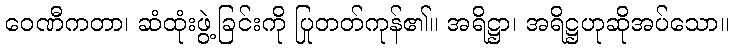
ဝေဏီကတာ၊ ဆံထုံးဖွဲ့ခြင်းကို ပြုတတ်ကုန်၏။ အရိဋ္ဌာ၊ အရိဋ္ဌဟုဆိုအပ်သော။